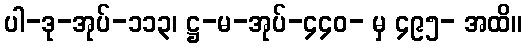
ပါ-ဒု-အုပ်-၁၁၃၊ ဋ္ဌ-မ-အုပ်-၄၄၀- မှ ၄၉၅- အထိ။